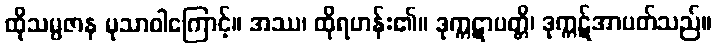
ထိုသမ္ပဇာန မုသာဝါကြောင့်။ အဿ၊ ထိုရဟန်း၏။ ဒုက္ကဋာပတ္တိ၊ ဒုက္ကဋ်အာပတ်သည်။